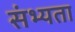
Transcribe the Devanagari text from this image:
संभ्यता